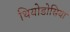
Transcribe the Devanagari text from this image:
थियोडोसिया